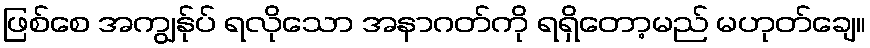
ဖြစ်စေ အကျွန်ုပ် ရလိုသော အနာဂတ်ကို ရရှိတော့မည် မဟုတ်ချေ။